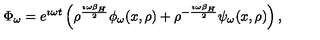
\Phi _ { \omega } = e ^ { \imath \omega t } \left( \rho ^ { \frac { \imath \omega \beta _ { H } } { 2 } } \phi _ { \omega } ( x , \rho ) + \rho ^ { - { \frac { \imath \omega \beta _ { H } } { 2 } } } \psi _ { \omega } ( x , \rho ) \right) ,